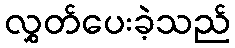
လွှတ်ပေးခဲ့သည်